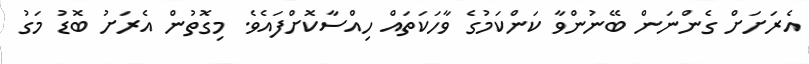
އެރަށަށް ގެންނަން ބޭނުންވާ ކަންކަމުގެ ވާހަކަތައް ހިއްސާކޮށްފައެވެ. މިގޮތުން އެރަށު ބޮޑު މަގު